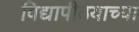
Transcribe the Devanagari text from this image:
विद्यापीठयाच्या